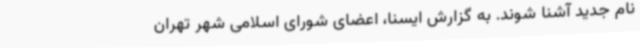
نام جدید آشنا شوند. به گزارش ایسنا، اعضای شورای اسلامی شهر تهران